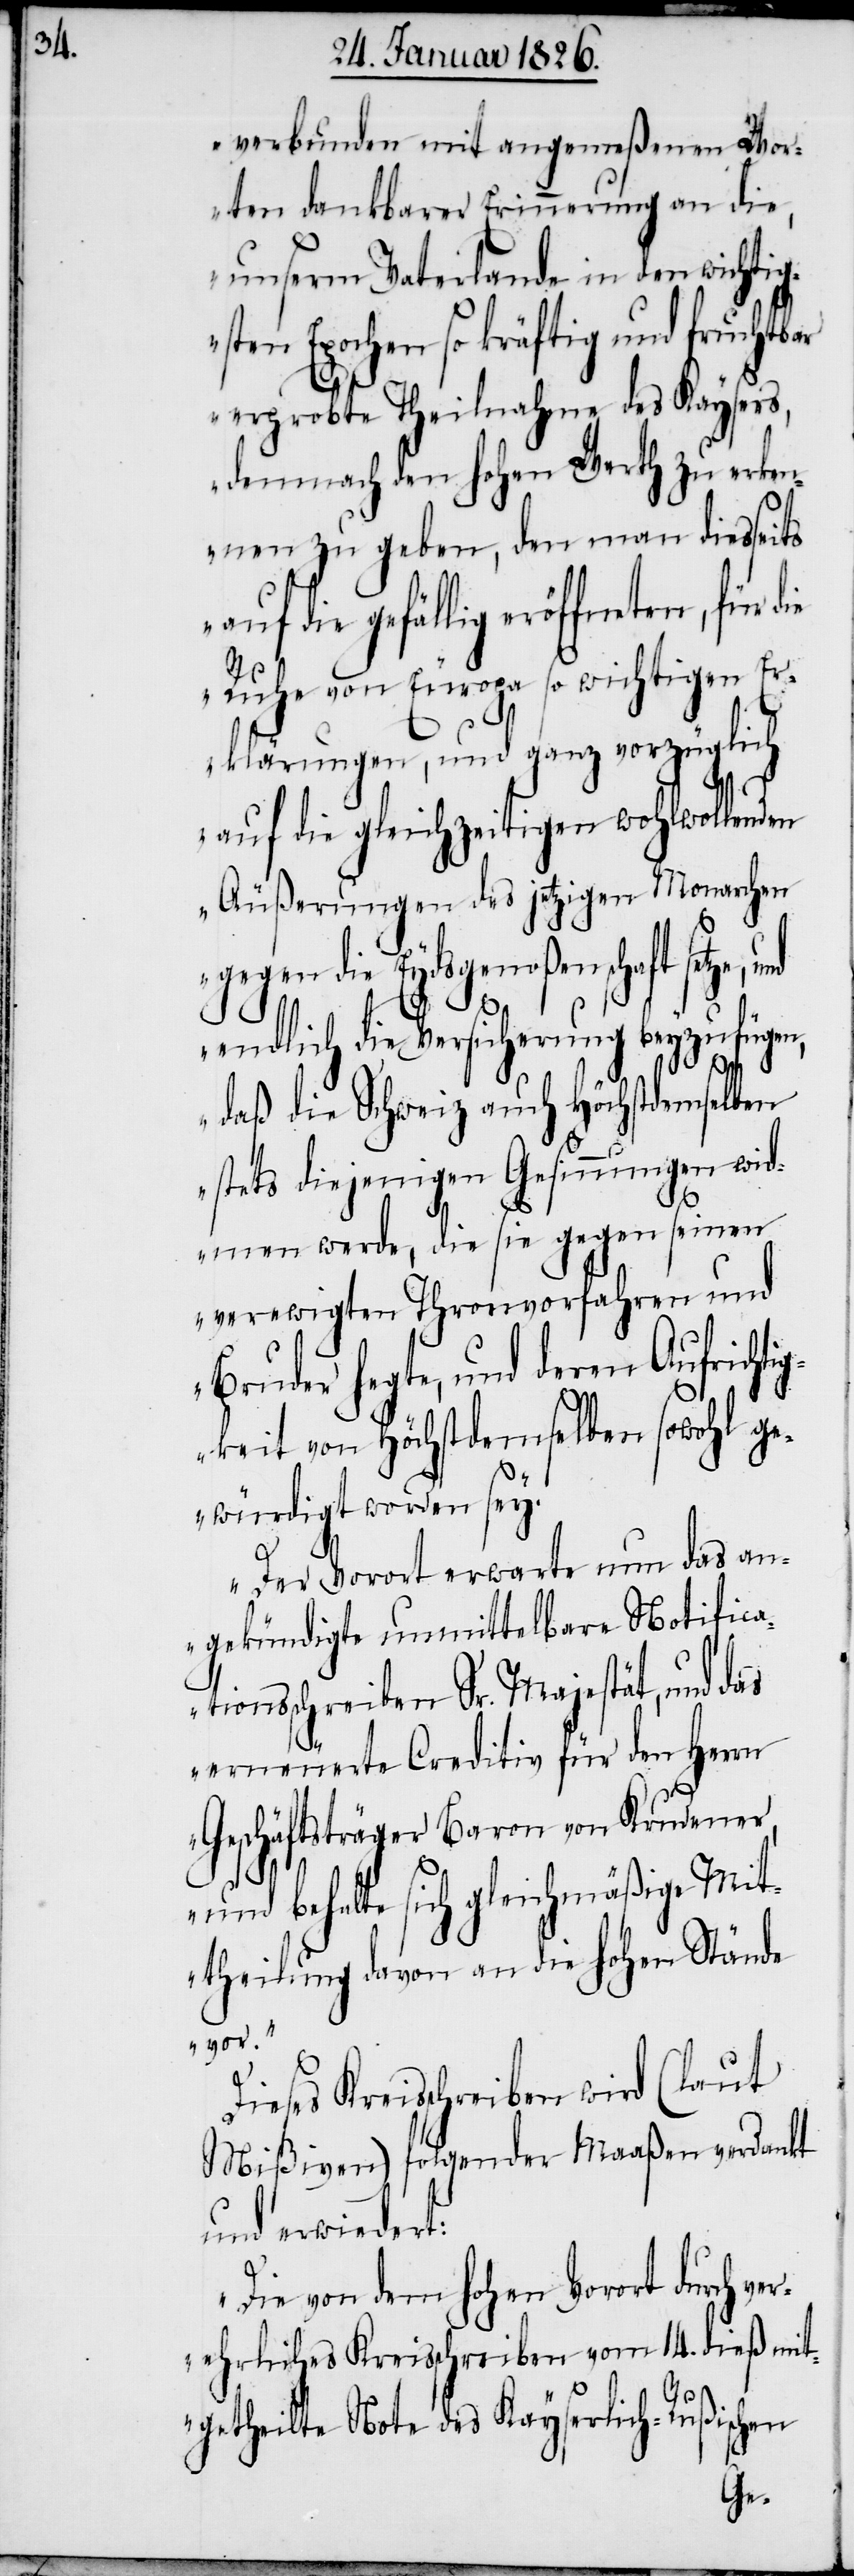
verbunden mit angemeßenen Wor¬
ten dankbarer Erinnerung an die,
unserm Vaterlande in den wichtig¬
sten Epochen so kräftig und fruchtbar
erprobte Theilnahme des Kaysers,
demnach den hohen Wert zu erken¬
nen zu geben, den man diesseits
die gefällig eröffneten, für
Ruhe von Europa so wichtigen Er¬
klärungen, und ganz vorzüglich
auf die gleichzeitigen wohlwollenden
Äußerungen des jetzigen Monarchen
gegen die Eydsgenoßenschaft setze,
endlich die Versicherung beyzufügen,
daß die Schweiz auch Höchstdemselben
stets diejenigen Gesinnungen wid¬
men werde, die sie gegen seinen
verewigten Thronvorfahren und
Bruder hegte, und deren Aufrichti¬
gkeit von Höchstdemselben sowohl ge¬
würdigt worden sey.
Der Vorort erwarte nun das an¬
gekündigte unmittelbare Notivica¬
tionsschreiben Sr. Majestät, und das
erneuerte Creditiv für den Herrn
Geschäftsträger Baron von Krudener,
und behalte sich gleichmäßige Mit¬
theilung davon an die hohen Stände
vor.“
Dieses Kreisschreiben wird (laut
Mißiven) folgender Maaßen verdankt
und erwiedert:
„Die von dem hohen Vorort durch ver¬
ehrliches Kreisschreiben vom 14. dieß mit¬
getheilte Note des Kayserlich-Rußischen